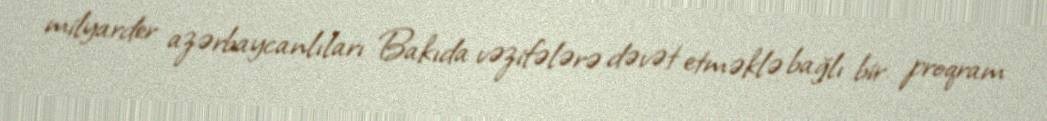
milyarder azərbaycanlıları Bakıda vəzifələrə dəvət etməklə bağlı bir proqram